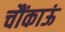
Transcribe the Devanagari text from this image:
चौंकाऊं